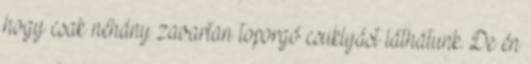
hogy csak néhány zavartan toporgó csuklyást láthatunk. De én